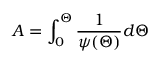
A = \int _ { 0 } ^ { \Theta } \frac { 1 } { \psi ( \Theta ) } d \Theta